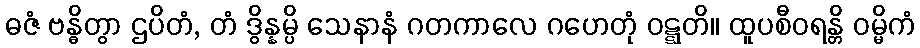
ဓဇံ ဗန္ဓိတွာ ဌပိတံ, တံ ဒွိန္နမ္ပိ သေနာနံ ဂတကာလေ ဂဟေတုံ ဝဋ္ဋတိ။ ထူပစီဝရန္တိ ဝမ္မိကံ